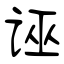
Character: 诬